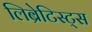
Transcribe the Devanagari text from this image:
लिब्रेटिस्ट्स